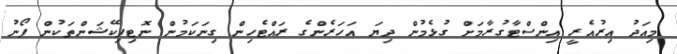
މިއަދު އިރުއެރީ އިންސްޓާގުރާމަށް ގުޅެމުން ދިޔަ އަހަރެންގެ ރައްޓެހިން ގިނަކަމުން ނޮޓިފިކޭޝަންތަކުން ފޯނު